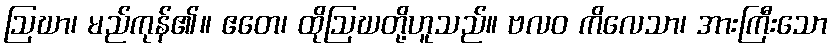
ဩဃာ၊ မည်ကုန်၏။ ဧတေ၊ ထိုဩဃတို့ဟူသည်။ ဗလဝ ကိလေသာ၊ အားကြီးသော